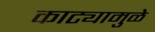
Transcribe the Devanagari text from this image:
काट्यामुळे